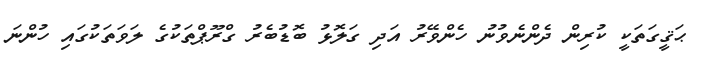
ޙަޤީގަތަކީ ކުރިން ދެންނެވުނު ހެންވޭރު އަދި ގަލޮޅު ބޮޑުބެރު ގްރޫޕްތަކުގެ ލަވަތަކުގައި ހުންނަ